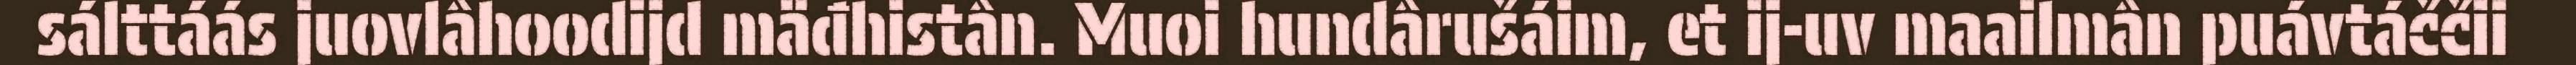
sálttáás juovlâhoodijd mäđhistân. Muoi hundârušáim, et ij-uv maailmân puávtáččii